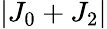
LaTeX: |J_{0}+J_{2}|